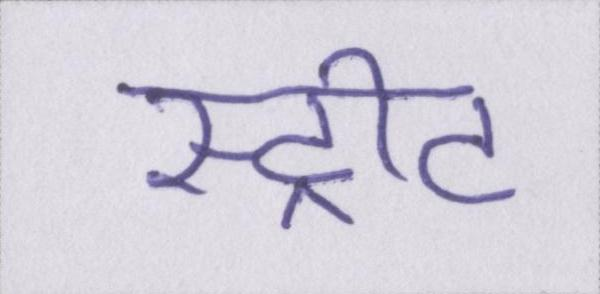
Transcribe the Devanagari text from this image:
स्ट्रीट